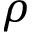
\rho